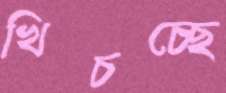
খিচচ্ছে